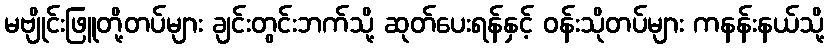
မဗျိုင်းဖြူတို့တပ်များ ချင်းတွင်းဘက်သို့ ဆုတ်ပေးရန်နှင့် ဝန်းသိုတပ်များ ကနန်းနယ်သို့